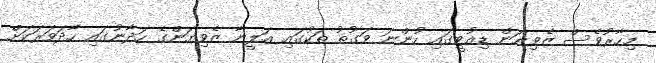
މިހާރުވެސް ޒެވިޔަން ޑިއުޓީގައި ހުންނަ ވަގުތު ތަކުގައި އަލީނާ ޒެވިޔަންގެ ހަދާނުގައި ހާދަވަރަކަށް